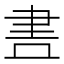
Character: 𮌃